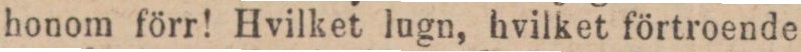
honom förr! Hvilket lugn, hvilket förtroende